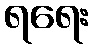
ရရေး